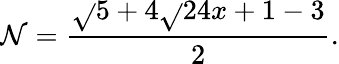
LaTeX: \mathcal{N}={\frac{{{\sqrt{}{{5+4{\sqrt{}{{24x+1}}}}}}-3}}{{2}}}.